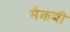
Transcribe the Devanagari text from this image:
मैकबी